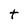
Character: t